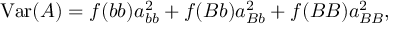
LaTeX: \mathrm { V a r } ( A ) = f ( b b ) a _ { b b } ^ { 2 } + f ( B b ) a _ { B b } ^ { 2 } + f ( B B ) a _ { B B } ^ { 2 } ,